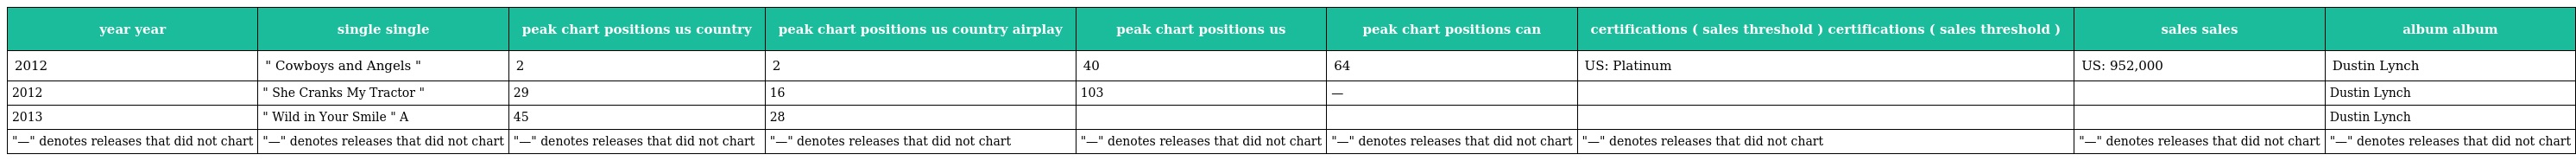
| year year | single single | peak chart positions us country | peak chart positions us country airplay | peak chart positions us | peak chart positions can | certifications ( sales threshold ) certifications ( sales threshold ) | sales sales | album album |
 | --- | --- | --- | --- | --- | --- | --- | --- | --- |
 | 2012 | " Cowboys and Angels " | 2 | 2 | 40 | 64 | US: Platinum | US: 952,000 | Dustin Lynch |
 | 2012 | " She Cranks My Tractor " | 29 | 16 | 103 | — |  |  | Dustin Lynch |
 | 2013 | " Wild in Your Smile " A | 45 | 28 |  |  |  |  | Dustin Lynch |
 | "—" denotes releases that did not chart | "—" denotes releases that did not chart | "—" denotes releases that did not chart | "—" denotes releases that did not chart | "—" denotes releases that did not chart | "—" denotes releases that did not chart | "—" denotes releases that did not chart | "—" denotes releases that did not chart | "—" denotes releases that did not chart |